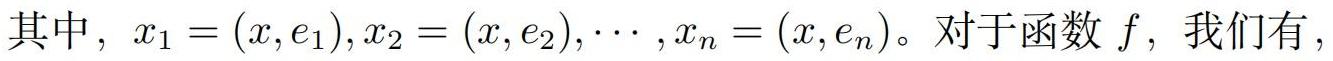
其中，$x_1 = (x,e_1),x_2 = (x,e_2),\cdots,x_n = (x,e_n)$。对于函数 $f$，我们有，